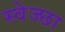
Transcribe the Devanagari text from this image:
स्वेज्छा